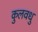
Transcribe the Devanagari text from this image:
कुलवधु